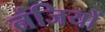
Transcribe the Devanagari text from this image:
नंजियों